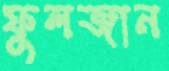
ফুলজান